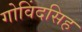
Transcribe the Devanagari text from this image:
गोविंदसिह